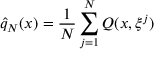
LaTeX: { \hat { q } } _ { N } ( x ) = { \frac { 1 } { N } } \sum _ { j = 1 } ^ { N } Q ( x , \xi ^ { j } )